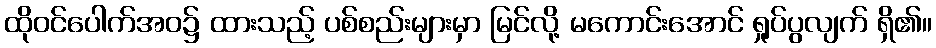
ထိုဝင်ပေါက်အဝ၌ ထားသည့် ပစ်စည်းများမှာ မြင်လို့ မကောင်းအောင် ရှုပ်ပွလျက် ရှိ၏။